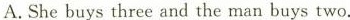
A.She buys three and the man buys two.